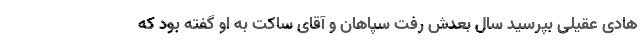
هادی عقیلی بپرسید سال بعدش رفت سپاهان و آقای ساکت به او گفته بود که